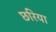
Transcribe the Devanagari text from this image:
छरिया